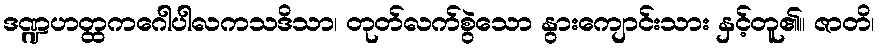
ဒဏ္ဍဟတ္ထကဂေါပါလကသဒိသာ၊ တုတ်လက်စွဲသော နွားကျောင်းသား နှင့်တူ၏။ ဇာတိ၊